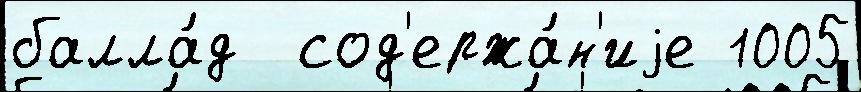
балла́д  сод'ержа́н'иjе 1005